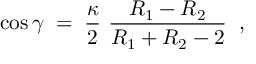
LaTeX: \cos \gamma \; = \; \frac { \kappa } { 2 } ~ \frac { R _ { 1 } - R _ { 2 } } { R _ { 1 } + R _ { 2 } - 2 } \; \; ,